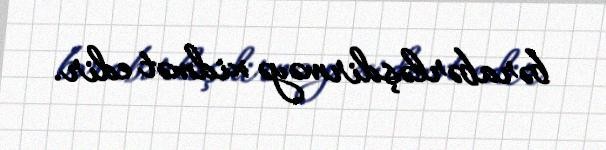
bərabərləşdirməyə xidmət edir.